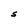
Character: S